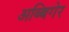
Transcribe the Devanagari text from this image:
अब्बिगेर